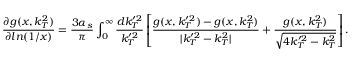
\frac { \partial g ( x , k _ { T } ^ { 2 } ) } { \partial l n ( 1 / x ) } = \frac { 3 \alpha _ { s } } { \pi } \int _ { 0 } ^ { \infty } \frac { d k _ { T } ^ { \prime 2 } } { k _ { T } ^ { \prime 2 } } \left[ \frac { g ( x , k _ { T } ^ { \prime 2 } ) - g ( x , k _ { T } ^ { 2 } ) } { \vert k _ { T } ^ { \prime 2 } - k _ { T } ^ { 2 } \vert } + \frac { g ( x , k _ { T } ^ { 2 } ) } { \sqrt { 4 k _ { T } ^ { \prime 2 } - k _ { T } ^ { 2 } } } \right] .